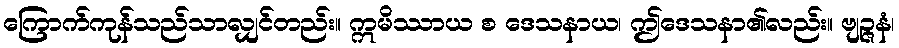
ကြောက်ကုန်သည်သာလျှင်တည်း။ ဣမိဿာယ စ ဒေသနာယ၊ ဤဒေသနာ၏လည်း။ ဗျဉ္ဇနံ၊